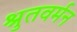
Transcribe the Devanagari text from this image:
श्रुतवर्मन